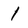
Character: l